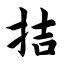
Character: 拮